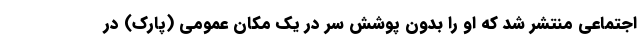
اجتماعی منتشر شد که او را بدون پوشش سر در یک مکان عمومی (پارک) در